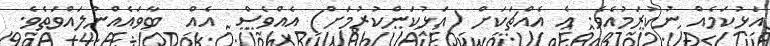
އަޅުކަމެއް ނުކުރަމުއެވެ. އެ އެއްޗަކަށް (އަޅުކަންކުރުމަށް) އެއްވެސް  އެއް  ބާވައެއްނުލައްވަތެވެ.